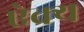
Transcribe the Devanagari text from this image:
ऐक्‍य